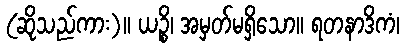
(ဆိုသည်ကား)။ ယဉ္စိ၊ အမှတ်မရှိသော။ ရတနာဒိကံ၊